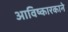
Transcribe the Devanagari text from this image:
आविष्कारकाने